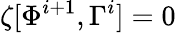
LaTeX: \zeta[\Phi^{i+1},\Gamma^{i}]=0